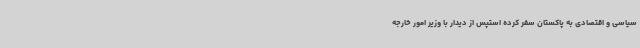
سیاسی و اقتصادی به پاکستان سفر کرده استپس از دیدار با وزیر امور خارجه